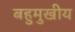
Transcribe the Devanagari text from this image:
बहुमुखीय